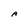
Character: A